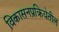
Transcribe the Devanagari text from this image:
विकासनप्रक्रियेतील